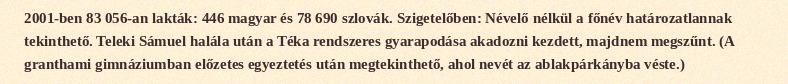
2001-ben 83 056-an lakták: 446 magyar és 78 690 szlovák. Szigetelőben: Névelő nélkül a főnév határozatlannak tekinthető. Teleki Sámuel halála után a Téka rendszeres gyarapodása akadozni kezdett, majdnem megszűnt. (A granthami gimnáziumban előzetes egyeztetés után megtekinthető, ahol nevét az ablakpárkányba véste.)